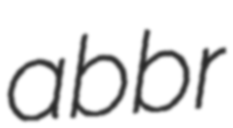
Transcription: abbr